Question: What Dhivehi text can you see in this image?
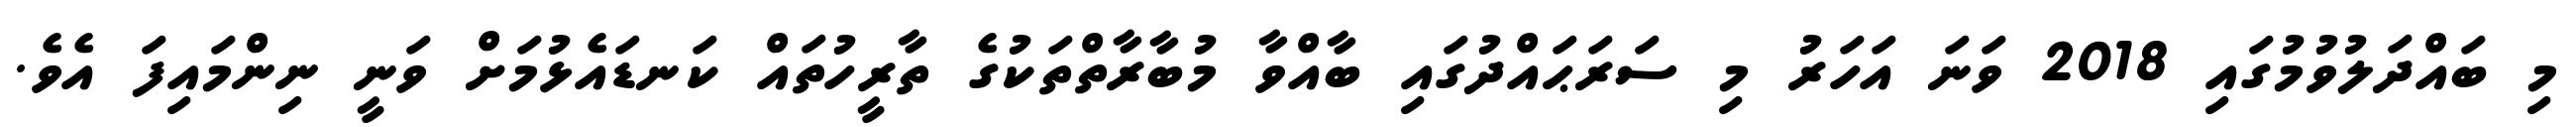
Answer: މި ބައްދަލުވުމުގައި 2018 ވަނަ އަހަރު މި ސަރަޙައްދުގައި ބާއްވާ މުބާރާތްތަކުގެ ތާރީހުތައް ކަނޑައެޅުމަށް ވަނީ ނިންމައިފަ އެވެ.